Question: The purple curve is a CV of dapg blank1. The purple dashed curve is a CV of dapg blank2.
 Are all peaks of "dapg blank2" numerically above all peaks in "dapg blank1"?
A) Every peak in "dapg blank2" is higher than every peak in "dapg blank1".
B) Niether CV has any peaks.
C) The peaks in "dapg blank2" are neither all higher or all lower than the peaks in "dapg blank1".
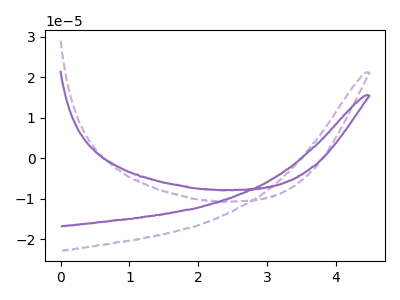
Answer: <think>The purple curve "dapg blank1" has no peaks. The purple dashed curve "dapg blank2" has no peaks.</think>
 <answer>B) Niether CV has any peaks.</answer>
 <eval>B</eval>